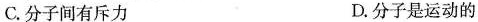
C.分子间有斥力 D.分子是运动的